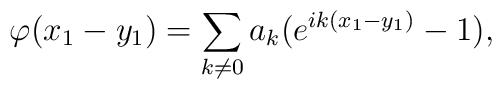
\varphi (x_1-y_1)=\sum _{k\neq 0}a_k (e^{ik(x_1-y_1)}-1),